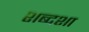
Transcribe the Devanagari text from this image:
शब्दशा